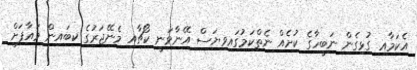
އެކަމާއި ގުޅިގެން ނަބީހާގެ ކުށެއް ނެތްކަމުގައިވިޔަސް އޭނާވަނީ ކޯޗާއި މެނޭޖަރުގެ ކިބައިން މައާފަށް